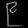
Digit: ၉